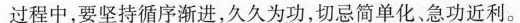
过程中，要坚持循序渐进，久久为功，切忌简单化急功近利。